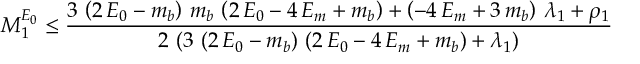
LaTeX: M _ { 1 } ^ { E _ { 0 } } \leq { \frac { 3 \, \left( 2 \, E _ { 0 } - m _ { b } \right) \, m _ { b } \, \left( 2 \, E _ { 0 } - 4 \, E _ { m } + m _ { b } \right) + \left( - 4 \, E _ { m } + 3 \, m _ { b } \right) \, { { \lambda } _ { 1 } } + { { \rho } _ { 1 } } } { 2 \, \left( 3 \, \left( 2 \, E _ { 0 } - m _ { b } \right) \, \left( 2 \, E _ { 0 } - 4 \, E _ { m } + m _ { b } \right) + { { \lambda } _ { 1 } } \right) } }